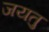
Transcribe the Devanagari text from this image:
जयतु